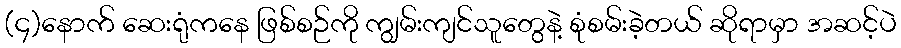
(၄)နောက် ဆေးရုံကနေ ဖြစ်စဉ်ကို ကျွမ်းကျင်သူတွေနဲ့ စုံစမ်းခဲ့တယ် ဆိုရာမှာ အဆင့်ပဲ